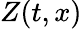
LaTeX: Z(t,x)